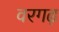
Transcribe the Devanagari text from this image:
वरगढ़